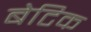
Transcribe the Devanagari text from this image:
बेटिक